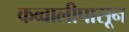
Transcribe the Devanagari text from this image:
कव्वालीपासून